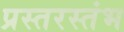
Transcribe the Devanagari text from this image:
प्रस्तरस्तंभ